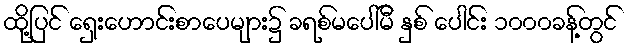
ထို့ပြင် ရှေးဟောင်းစာပေများ၌ ခရစ်မပေါ်မီ နှစ် ပေါင်း ၁၀၀၀ခန့်တွင်